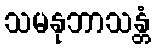
သမနုဘာသန္တံ